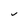
Character: v